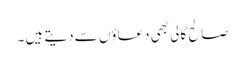
صالح گالی بھی دعاؤں سے دیتے ہیں ۔